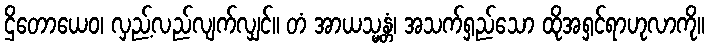
ဌိတောယေဝ၊ လှည့်လည်လျက်လျှင်။ တံ အာယသ္မန္တံ၊ အသက်ရှည်သော ထိုအရှင်ရာဟုလာကို။